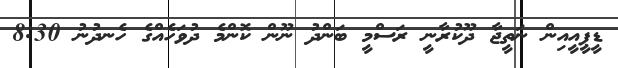
ޑީޕީއީއިން ނަތީޖާ ދޫކުރާނީ ރަސްމީ ބަންދު ނޫން ކޮންމެ ދުވަހެއްގެ ހެނދުނު 8:30